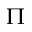
\Pi